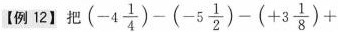
【例12】把$$( - 4 \frac { 1 } { 4 } ) - ( - 5 \frac { 1 } { 2 } ) - ( + 3 \frac { 1 } { 8 } ) +